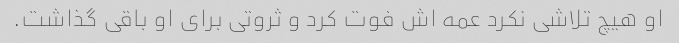
او هیچ تلاشی نکرد عمه اش فوت کرد و ثروتی برای او باقی گذاشت.